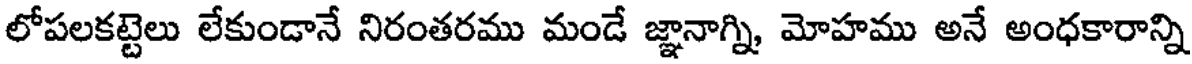
లోపలకట్టెలు లేకుండానే నిరంతరము మండే జ్ఞానాగ్ని, మోహము అనే అంధకారాన్ని